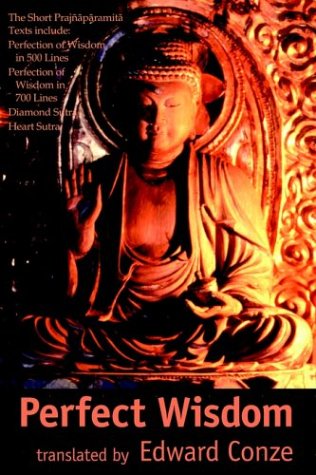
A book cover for Perfection of Wisdom: The Short Prajanaapaaramitaa Texts; Religion & Spirituality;